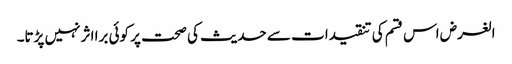
الغرض اس قسم کی تنقیدات سے حدیث کی صحت پر کوئی برا اثر نہیں پڑتا۔